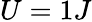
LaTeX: U=1J